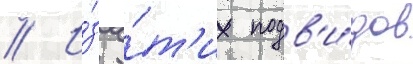
// И́з э́т'их подв'и́дов